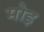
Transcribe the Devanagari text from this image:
मोइ